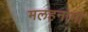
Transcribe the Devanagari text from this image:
मलहनामा